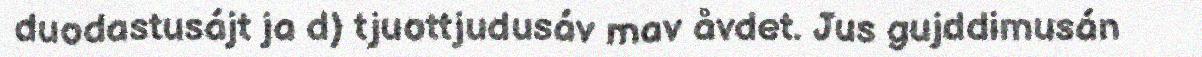
duodastusájt ja d) tjuottjudusáv mav åvdet. Jus gujddimusán